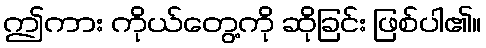
ဤကား ကိုယ်တွေ့ကို ဆိုခြင်း ဖြစ်ပါ၏။